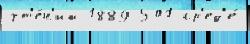
чт'е́н'ий 1889 501 ср'ед'е́